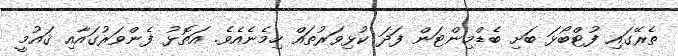
ތެރޭގައި ފުޓްބޯޅަ ބަށި ބެޑްމިންޓަން ފަދަ ކުޅިވަރުތައް ހިމެނެއެވެ. އަތޮޅު ފެންވަރުގައާއި ޤައުމީ